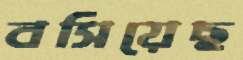
বসিয়েছ